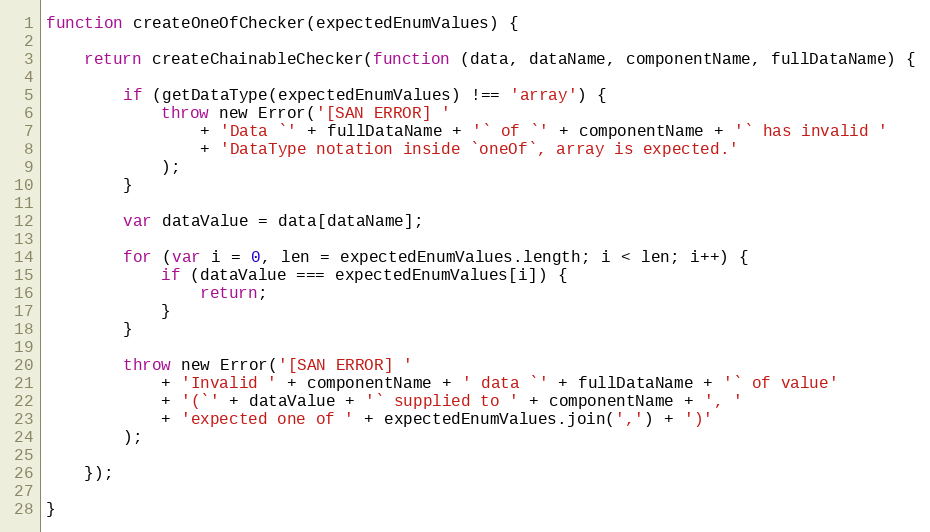
Language: JavaScript
function createOneOfChecker(expectedEnumValues) {

    return createChainableChecker(function (data, dataName, componentName, fullDataName) {

        if (getDataType(expectedEnumValues) !== 'array') {
            throw new Error('[SAN ERROR] '
                + 'Data `' + fullDataName + '` of `' + componentName + '` has invalid '
                + 'DataType notation inside `oneOf`, array is expected.'
            );
        }

        var dataValue = data[dataName];

        for (var i = 0, len = expectedEnumValues.length; i < len; i++) {
            if (dataValue === expectedEnumValues[i]) {
                return;
            }
        }

        throw new Error('[SAN ERROR] '
            + 'Invalid ' + componentName + ' data `' + fullDataName + '` of value'
            + '(`' + dataValue + '` supplied to ' + componentName + ', '
            + 'expected one of ' + expectedEnumValues.join(',') + ')'
        );

    });

}